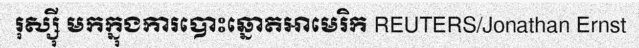
រុស្ស៊ី មកក្នុងការបោះឆ្នោតអាមេរិក REUTERS/Jonathan Ernst